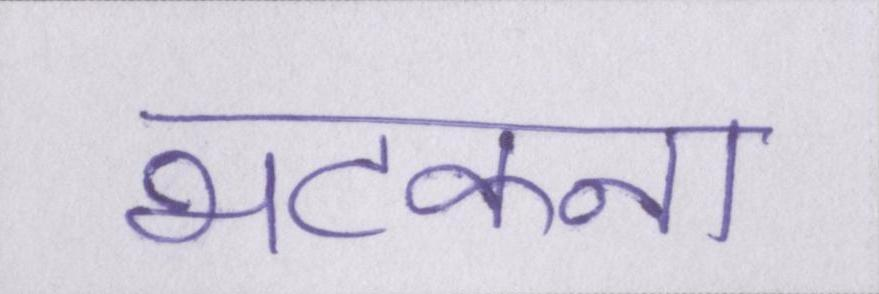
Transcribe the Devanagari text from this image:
भटकना